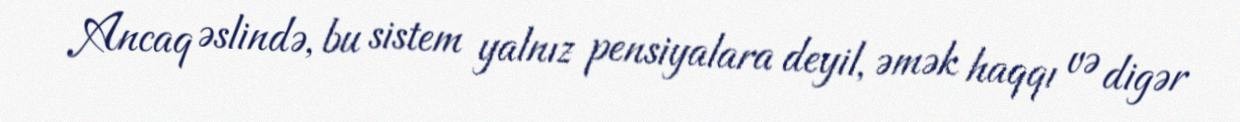
Ancaq əslində, bu sistem yalnız pensiyalara deyil, əmək haqqı və digər